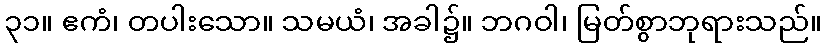
၃၁။ ဧကံ၊ တပါးသော။ သမယံ၊ အခါ၌။ ဘဂဝါ၊ မြတ်စွာဘုရားသည်။